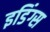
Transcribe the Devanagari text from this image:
इडिंग्स